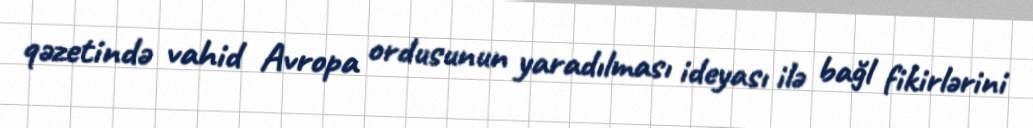
qəzetində vahid Avropa ordusunun yaradılması ideyası ilə bağl fikirlərini